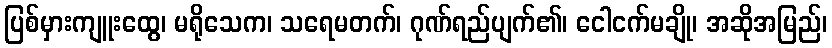
ပြစ်မှားကျူးထွေ၊ မရိုသေက၊ သရေမတက်၊ ဂုဏ်ရည်ပျက်၏၊ ငေါငက်မချို၊ အဆိုအမြည်၊